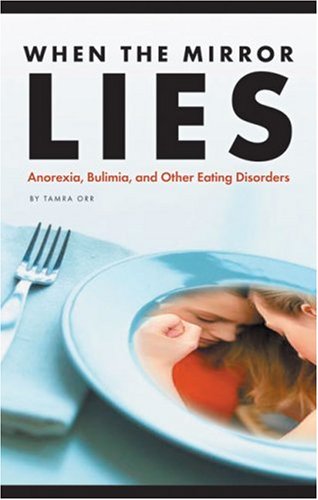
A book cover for When the Mirror Lies: Anorexia, Bulimia, and Other Eating Disorders (Social Studies: Teen Issues); Tamra B. Orr; Teen & Young Adult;